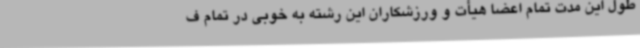
طول این مدت تمام اعضا هیأت و ورزشکاران این رشته به خوبی در تمام ف